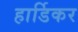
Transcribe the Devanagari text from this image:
हार्डिकर